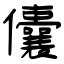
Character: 儾